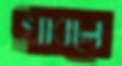
খাবলে